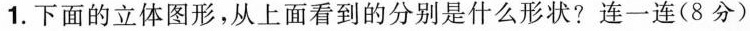
1.下面的立体图形，从上面看到的分别是什么形状?连一连(8分)